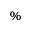
\%